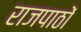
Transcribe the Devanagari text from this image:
राजपाठों